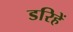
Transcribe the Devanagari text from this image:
डरिहें